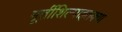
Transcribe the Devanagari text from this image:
मूर्तीशिल्पाइतक्या